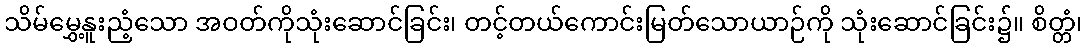
သိမ်မွှေ့နူးညံ့သော အဝတ်ကိုသုံးဆောင်ခြင်း၊ တင့်တယ်ကောင်းမြတ်သောယာဉ်ကို သုံးဆောင်ခြင်း၌။ စိတ္တံ၊